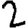
Digit: 2